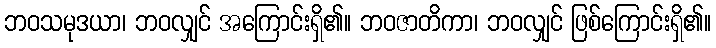
ဘဝသမုဒယာ၊ ဘဝလျှင် အကြောင်းရှိ၏။ ဘဝဇာတိကာ၊ ဘဝလျှင် ဖြစ်ကြောင်းရှိ၏။